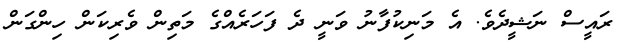
ރައީސް ނަޝީދެވެ. އެ މަނިކުފާނު ވަނީ ދެ ފަހަރެއްގެ މަތިން ވެރިކަން ހިންގަން